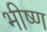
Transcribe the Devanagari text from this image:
भीष्ण